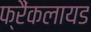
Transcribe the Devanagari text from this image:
फ्रैंकलायड